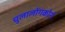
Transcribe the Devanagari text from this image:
चुलालोंगकोर्न